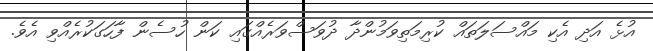
އުޅެ އަދި އެކި މައްސަލަތައް ކުރިމަތިވަމުންދާ ދުވަސްވަރެއްގައި ކަން ހުސެން ފާހަގަކުރެއްވި އެވެ.